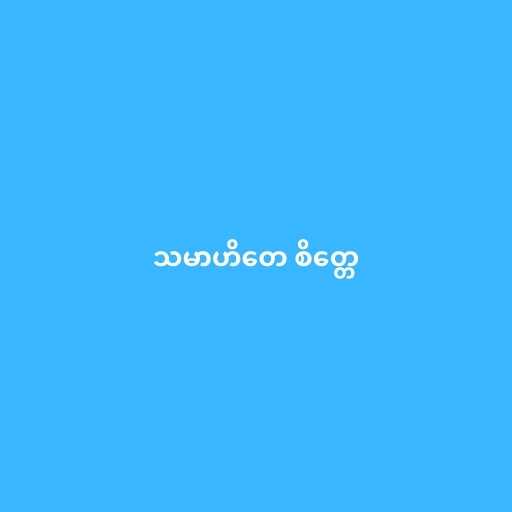
သမာဟိတေ စိတ္တေ